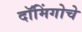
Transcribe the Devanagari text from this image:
दॉमिंगोचे